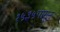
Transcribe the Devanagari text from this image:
१५३५पासून